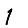
Digit: 1